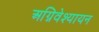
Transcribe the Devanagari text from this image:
अग्निवेश्यायन